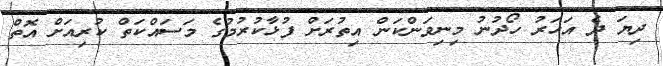
ދިޔަ ދެ އަހަރު ހޯދުނު މިނިވަންކަން އިތުރަށް ފުޅާކުރުމުގެ މަސައްކަތް ކުރިއަށް އޮތް